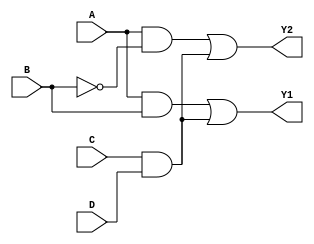
module combinational_logic_block (
    input wire A,    // Input variable A
    input wire B,    // Input variable B
    input wire C,    // Input variable C
    input wire D,    // Input variable D
    output wire Y1,  // Output variable Y1
    output wire Y2   // Output variable Y2
);

// Level 1: Initial Logic Expressions
// Example initial expressions
wire term1; // Intermediate term for Y1
wire term2; // Intermediate term for Y2

assign term1 = (A & B) | (C & D);    // Initial logic for Y1
assign term2 = (A & ~B) | (~C & D);  // Initial logic for Y2

// Level 2: First simplification (manual simplification for the sake of example)
// Using Boolean algebra, we might have simplified the logic expressions to:
wire simplified_term1; // Further simplified term for Y1
wire simplified_term2; // Further simplified term for Y2

assign simplified_term1 = term1; // Assume this remains same for simplicity
assign simplified_term2 = term2; // Assume this remains same for simplicity

// Level 3: Factorization (common term extraction)
wire common_factor; // Define common factor if any

assign common_factor = C & D; // Example of a common sub-expression

// Level 4: Multi-Level Optimization
// Utilizing common sub-expression in Y1
assign Y1 = (A & B) | common_factor; // Reusing common_factor in final expression
assign Y2 = (A & ~B) | common_factor; // Reusing the same common factor for Y2 too

// Level 5: Final Expressions
// Y1 and Y2 are our final outputs based on the optimized expressions
// Here Y1 and Y2 represent the optimized logic and are implemented above

endmodule